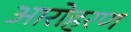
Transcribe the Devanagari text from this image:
आरोहरण